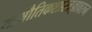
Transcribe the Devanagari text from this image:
खभौतिकशास्त्रज्ञावरुन